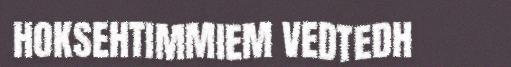
HOKSEHTIMMIEM VEDTEDH